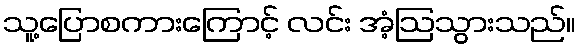
သူ့ပြောစကားကြောင့် လင်း အံ့ဩသွားသည်။